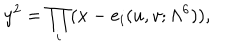
y ^ { 2 } = \prod _ { i } ( x - e _ { i } ( u , v ; \Lambda ^ { 6 } ) ) ,